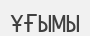
ҰҒЫМЫ